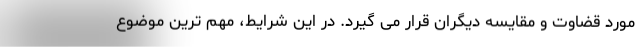
مورد قضاوت و مقایسه دیگران قرار می گیرد. در این شرایط، مهم ترین موضوع